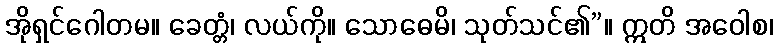
အိုရှင်ဂေါတမ။ ခေတ္တံ၊ လယ်ကို။ သောဓေမိ၊ သုတ်သင်၏”။ ဣတိ အဝေါစ၊